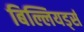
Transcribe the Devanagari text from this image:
बिल्लियर्ड्स